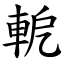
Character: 軶